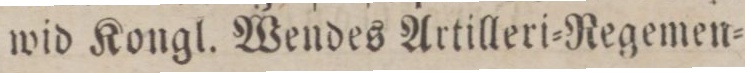
wid Kongl. Wendes Artilleri=Regemen=